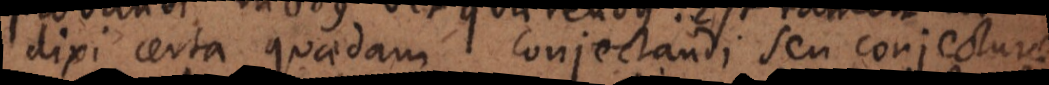
dixi certa quaedam conjectandi seu conjectura